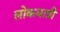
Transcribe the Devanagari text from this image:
लोकधात्री